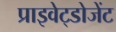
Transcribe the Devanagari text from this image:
प्राइवेट्डोजेंट